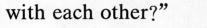
with each other?"